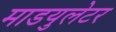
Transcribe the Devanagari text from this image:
माडयुलेटर